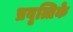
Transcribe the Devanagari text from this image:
प्रवृत्तिके